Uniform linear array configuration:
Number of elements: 16
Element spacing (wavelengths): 0.75
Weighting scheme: exponential
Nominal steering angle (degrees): -60
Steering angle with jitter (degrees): -61.874
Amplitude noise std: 0.05
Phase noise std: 0.05

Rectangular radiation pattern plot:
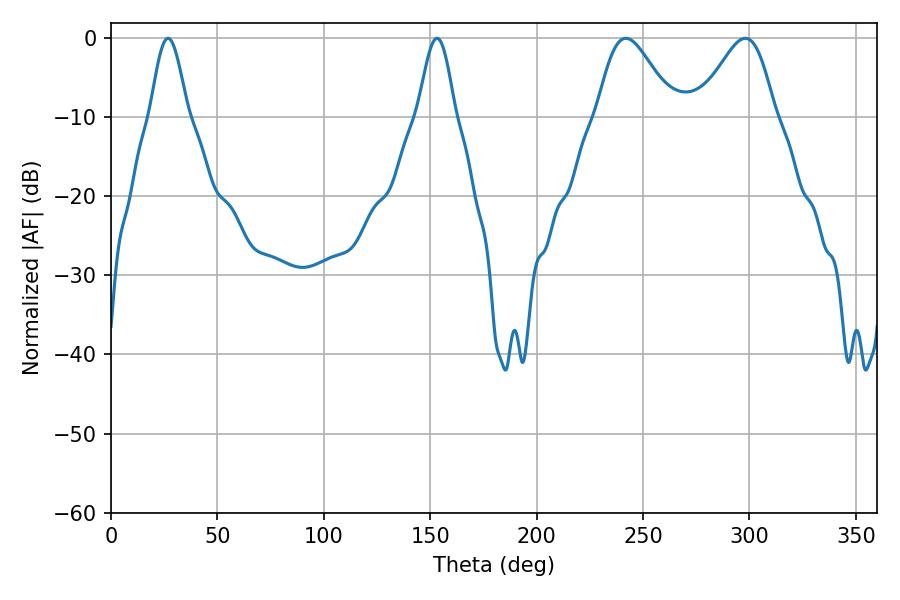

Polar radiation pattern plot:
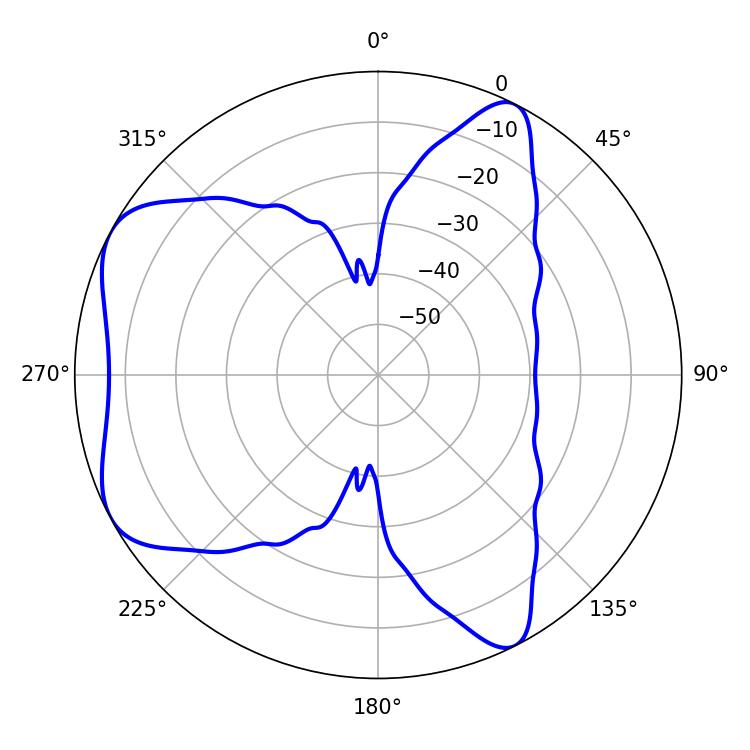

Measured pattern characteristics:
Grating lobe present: TRUE
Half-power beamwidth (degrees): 18.9
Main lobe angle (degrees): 241.92